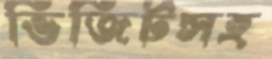
ভিজিটসহ